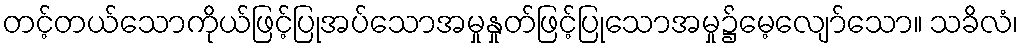
တင့်တယ်သောကိုယ်ဖြင့်ပြုအပ်သောအမှုနှုတ်ဖြင့်ပြုသောအမှု၌မေ့လျော်သော။ သခိလံ၊